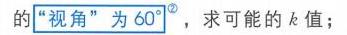
的“视角”为\(60^{\circ}\)，求可能的\(k\)值；